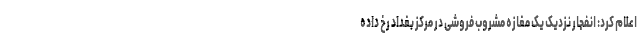
اعلام کرد: انفجار نزدیک یک مغازه مشروب فروشی در مرکز بغداد رخ داده